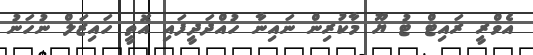
އެވްރީ ރައިޓް ޓު ޔޫ މާކުރިން ނައިނާ ހުއްދަދީފައި އޮތީ ހައިޒަލް ނުހަނު